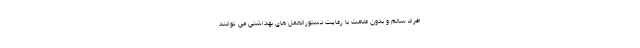
افراد سالم و بدون علامت با رعایت دستورالعمل های بهداشتی می توانند